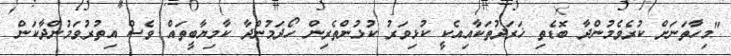
"މިހާތަނަށް ކުރެވެމުންދާ ބޮޑެތި ޚަރަދުތަކާއިއެކީ ކުޅިވަރު ކުޅުންތެރިން ހޯދަމުންދާ ކާމިޔާބީތައް ވެސް އިތުރުވަމުންދާކަން